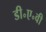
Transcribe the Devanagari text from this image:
डी॰ए॰वी